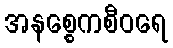
အနစ္စေကစီဝရေ